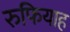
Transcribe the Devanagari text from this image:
रुफियाह